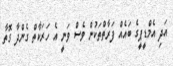
އަދި އެމްޑީޕީގެ ބައެއް ފަރާތްތަކުން ވެސް ވަނީ އެ ހަރަކާތް ގެންދާ ގޮތާ